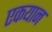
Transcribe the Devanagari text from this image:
एकयान